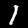
Digit: 1